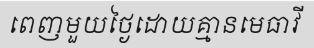
ពេញមួយថ្ងៃដោយគ្មានមេធាវី